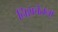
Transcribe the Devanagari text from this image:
निशचेतना